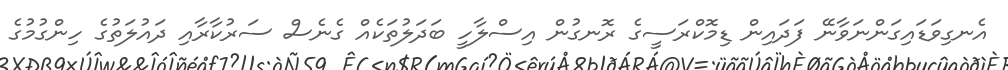
އެނގިވަޑައިގަންނަވާނޭ ފަދައިން ޑިމޮކްރަސީގެ ރޮނގުން އިސްލާހީ ބަދަލުތަކެއް ގެނެސް ސަރުކާރާއި ދައުލަތުގެ ހިންގުމުގެ